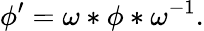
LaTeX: \phi^{\prime}=\omega*\phi*\omega^{-1}.